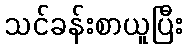
သင်ခန်းစာယူပြီး